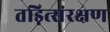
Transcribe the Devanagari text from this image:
तड़ित्संरक्षण